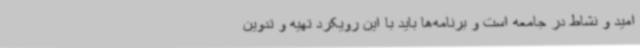
امید و نشاط در جامعه است و برنامه‌ها باید با این رویکرد تهیه و تدوین